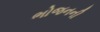
ભોજનની